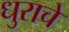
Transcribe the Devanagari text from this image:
धुराचे